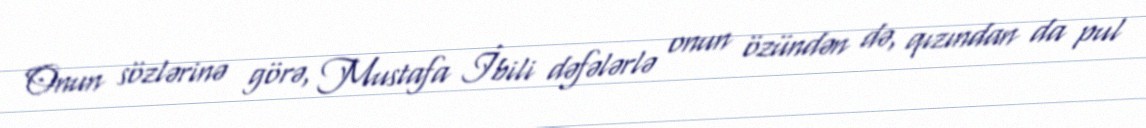
Onun sözlərinə görə, Mustafa İbili dəfələrlə onun özündən də, qızından da pul